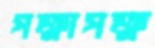
পক্ষাপক্ষ